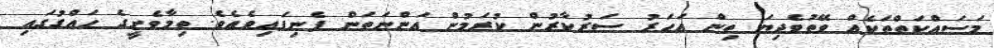
މަސައްކަތްތަކެއް ވޭތުވެދިޔަ ތިން އަހަރު ސަރުކާރުން ކުރަމުން އަންނަތަން ފެނިފައިވެއެވެ. ތިމާވެށީގެ ހައްގުގައި